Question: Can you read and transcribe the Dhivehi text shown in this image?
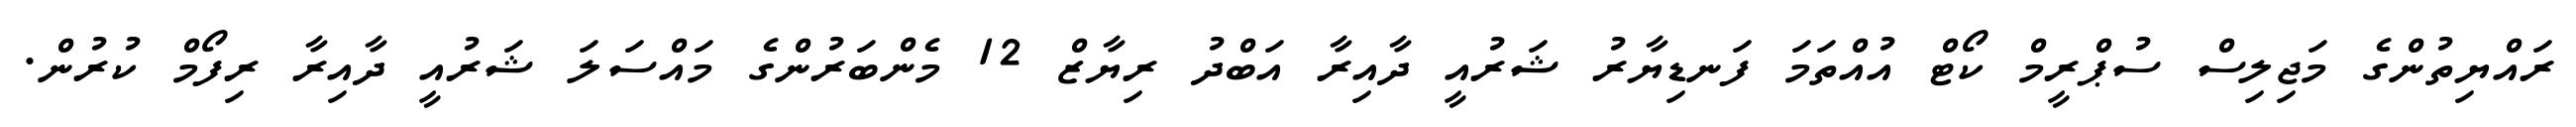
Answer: ރައްޔިތުންގެ މަޖިލިސް ސުޕްރީމް ކޯޓް އުއްތަމަ ފަނޑިޔާރު ޝަރުއީ ދާއިރާ އަބްދު ރިޔާޒް 12 މެންބަރުންގެ މައްސަލަ ޝަރުއީ ދާއިރާ ރިފޯމް ކުރުން.